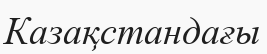
Казақстандағы